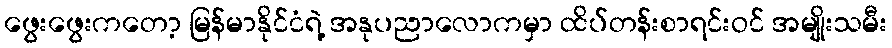
ဖွေးဖွေးကတော့ မြန်မာနိုင်ငံရဲ့ အနုပညာလောကမှာ ထိပ်တန်းစာရင်းဝင် အမျိုးသမီး